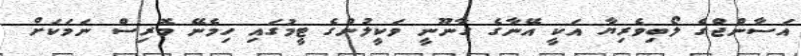
އަސާންޖްގެ ލޯބިވެރިޔާ އަކީ އޭނާގެ ގާނޫނީ ވަކީލުންގެ ޓީމުގައި ހިމެނޭ މޮރިސް ނަމަކަށް